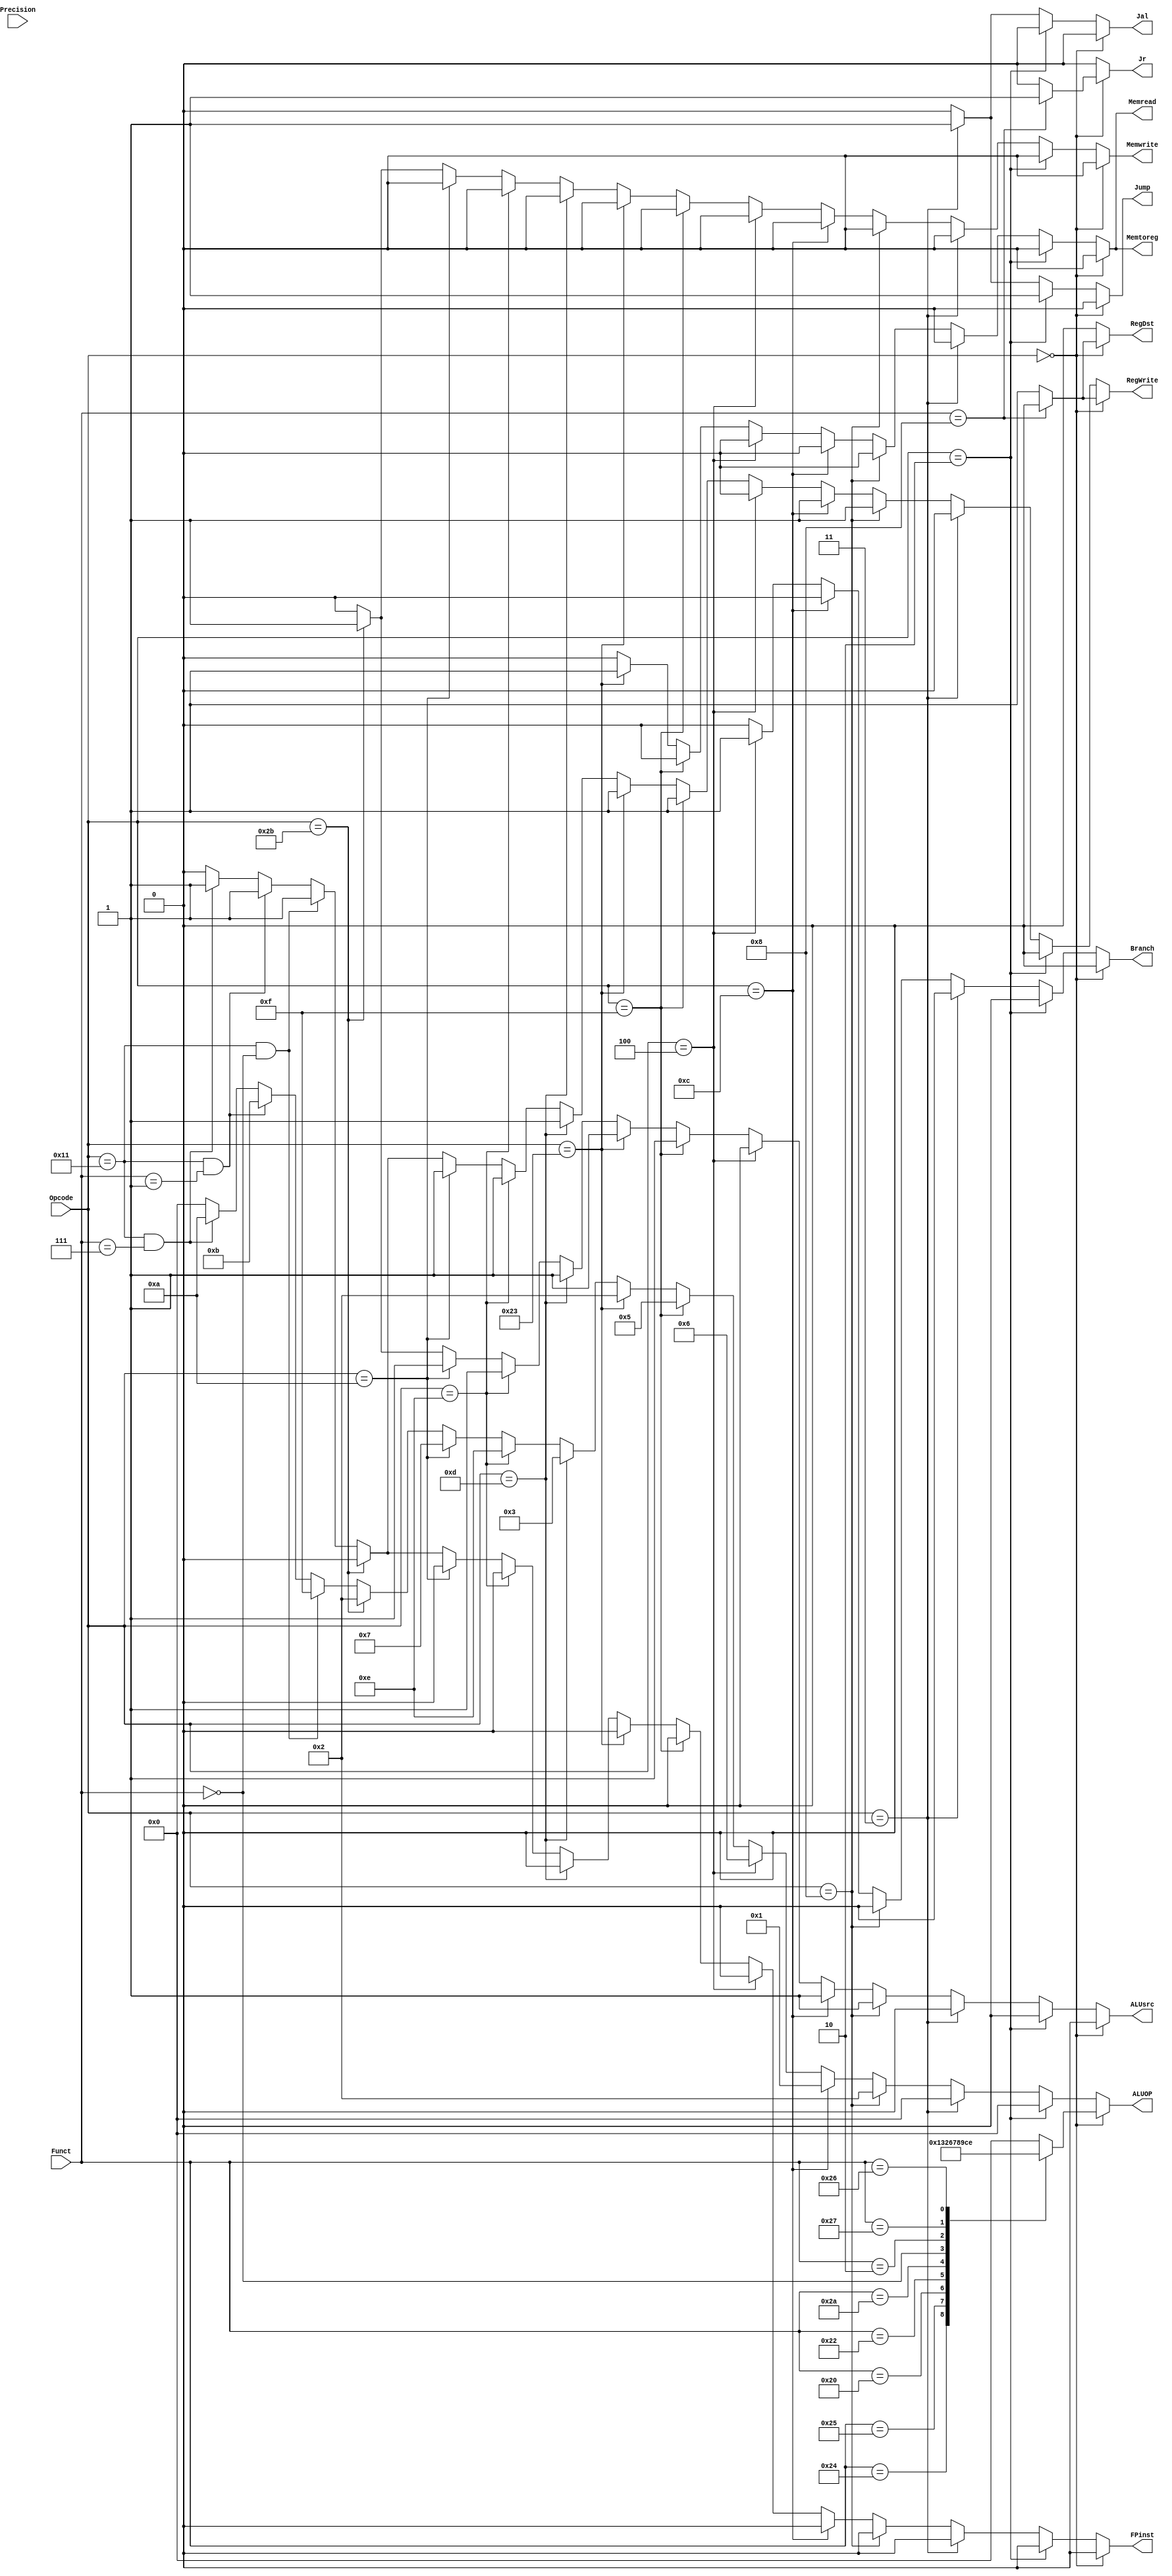
`timescale 1ns / 1ps
//////////////////////////////////////////////////////////////////////////////////
// Company: 
// 
// Design Name: 
// Module Name:     REGISTER FILE
// Project Name: 

// Revision: 
// Revision 0.01 - File Created
// Additional Comments: 
//

//////////////////////////////////// function FIELD FOR RESPECTIVE INSTRUCTIONS/////////////////////////////////////////
`define ADD 	6'b100000
`define AND 	6'b100100
`define JR 	6'b001000
`define NOR 	6'b100111
`define OR 	6'b100101
`define SLL 	6'b000000
`define SRL 	6'b000010
`define SUB 	6'b100010
`define SLT 	6'b101010
`define XOR 	6'b100110
`define NOP 	6'b000000




//////////////////////////////////////CONTROL UNIT/////////////////////////////////////////////////////////////////
module MIPS_CONTROLUNIT(
	input   [5:0] Opcode,		// OPCODE FIELD INPUT
	input   [4:0] Precision,	// Precision FIELD INPUT
	input   [5:0] Funct,		//FUNCTION FIELD INPUT
	output	reg Memread,		// MEMRORY READ CONTROL SIGNAL
	output	reg Memwrite,		//MEMOR WYRITE CONTROL SIGNAL
	output	reg Memtoreg,		//MEMORY TO REG CONTROL SIGNAL
	output	reg RegWrite,		//REGISTER WRITE CONTROL SIGNAL
	output	reg RegDst,		//REGISTER DESTINATION CONTROL SIGNAL
	output	reg ALUsrc,		// ALU SOURCE CONTROL SIGNAL
	output	reg Branch,		//BRANCH CONTROL SIGNAL
	output	reg Jump,		// JUMP CONTROL SIGNAL
	output	reg Jal,		// JUMP AND LINK CONTROL SIGNAL
	output	reg Jr,			// JUMP REGISTER CONTROL SIGNAL
	output  reg FPinst,		//CONTROL  SIGNAL INDICATING FP
	output	reg [3:0] ALUOP		//ALU OPERATION SIGNAL
);
	always @(Opcode, Funct)
	begin
		Memread = 1'b0;
		Memwrite = 1'b0;
		Memtoreg = 1'b0;
		RegWrite = 1'b0;
		RegDst = 1'b0;
		ALUsrc = 1'b0;
		Branch = 1'b0;
		Jump = 1'b0;
		Jal = 1'b0;
		Jr = 1'b0;
		FPinst = 1'b0;
		ALUOP = 4'b0000;
		
		// R-TYPE INSTRUCTIONS
		if(Opcode == 6'b0)
		begin
			//DEFAULT CONTROL SIGNALS FOR R-TYPE INSTRUCTIONS
			Memread = 1'b0;
			Memwrite = 1'b0;
			Memtoreg = 1'b0;
			RegWrite = 1'b1;
			RegDst = 1'b1;
			ALUsrc = 1'b0;
			Branch = 1'b0;
			Jump = 1'b0;
			Jal = 1'b0;
			Jr = 1'b0;
			FPinst = 1'b0;
			//ALU OP FOR FUNCTION FIELD
			case(Funct)
				`AND:	ALUOP = 4'b0001;	// AND OPERATION
				`OR:	ALUOP = 4'b0011;	//OR OPERATION
				`ADD:	ALUOP = 4'b0010;	//ADD OPERATION
				`SUB:	ALUOP = 4'b0110;	//SUB OPERATION
				`SLT:	ALUOP = 4'b0111;	//SLT OPERATION
				`SLL:	ALUOP = 4'b1000;	//SLL OPERATION
				`SRL:	ALUOP = 4'b1001;	//SRL OPERATION
				`NOR:	ALUOP = 4'b1100;	//NOR OPERATION
				`XOR:	ALUOP = 4'b1110;	//XOR OPERATION
				//JUMP REGISTER INSTRUCTION
				`JR:	begin
					Memread = 1'b0;
					Memwrite = 1'b0;
					Memtoreg = 1'b0;
					RegWrite = 1'b0;
					RegDst = 1'b0;
					ALUsrc = 1'b0;
					Branch = 1'b0;
					Jump = 1'b0;
					Jal = 1'b0;
					Jr = 1'b1;
					FPinst = 1'b0;
					ALUOP = 4'b0000;
					end
				//NOP OPERATION -> SETTING ALL CONTROL SIGNALS TO 0
				`NOP: begin
					Memread = 1'b0;
					Memwrite = 1'b0;
					Memtoreg = 1'b0;
					RegWrite = 1'b0;
					RegDst = 1'b0;
					ALUsrc = 1'b0;
					Branch = 1'b0;
					Jump = 1'b0;
					Jal = 1'b0;
					Jr = 1'b0;
					FPinst = 1'b0;
					ALUOP = 4'b0000;
				      end
			endcase
		end
		
		//JUMP INSTRUCTION
		else if(Opcode == 6'b000010)
		begin
			Memread = 1'b0;
			Memwrite = 1'b0;
			Memtoreg = 1'b0;
			RegWrite = 1'b0;
			RegDst = 1'b0;
			ALUsrc = 1'b0;
			Branch = 1'b0;
			Jump = 1'b1;
			Jal = 1'b0;
			Jr = 1'b0;
			FPinst = 1'b0;
			ALUOP = 4'b0000;
		end
		
		// JAL - JUMP AND LINK INSTR
		else if(Opcode == 6'b000011)
		begin
			Memread = 1'b0;
			Memwrite = 1'b0;
			Memtoreg = 1'b0;
			RegWrite = 1'b0;
			RegDst = 1'b0;
			ALUsrc = 1'b0;
			Branch = 1'b0;
			Jump = 1'b1;
			Jal = 1'b1;
			Jr = 1'b0;
			FPinst = 1'b0;
			ALUOP = 4'b0000;
		end
		

		// ADD IMMEDIATE INSTRUCTION
		else if(Opcode == 6'b001000)
		begin
			Memread = 1'b0;
			Memwrite = 1'b0;
			Memtoreg = 1'b0;
			RegWrite = 1'b1;
			RegDst = 1'b0;
			ALUsrc = 1'b1;
			Branch = 1'b0;
			Jump = 1'b0;
			Jal = 1'b0;
			Jr = 1'b0;
			FPinst = 1'b0;
			ALUOP = 4'b0010;
		end

		// AND IMMEDIATE INSTRUCTION
		else if(Opcode == 6'b001100)
		begin
			Memread = 1'b0;
			Memwrite = 1'b0;
			Memtoreg = 1'b0;
			RegWrite = 1'b1;
			RegDst = 1'b0;
			ALUsrc = 1'b1;
			Branch = 1'b0;
			Jump = 1'b0;
			Jal = 1'b0;
			Jr = 1'b0;
			FPinst = 1'b0;
			ALUOP = 4'b0001;
		end

		// BRANCH IF EQUAL INSTRUCTION
		else if(Opcode == 6'b000100)
		begin
			Memread = 1'b0;
			Memwrite = 1'b0;
			Memtoreg = 1'b0;
			RegWrite = 1'b0;
			RegDst = 1'b0;
			ALUsrc = 1'b0;
			Branch = 1'b1;
			Jump = 1'b0;
			Jal = 1'b0;
			Jr = 1'b0;
			FPinst = 1'b0;
			ALUOP = 4'b0110;
		end

		// LOAD UPPER IMMEDIATE INSTRUCTION		
		else if (Opcode == 6'b001111) 
		begin
			Memread = 1'b0;
			Memwrite = 1'b0;
			Memtoreg = 1'b0;
			RegWrite = 1'b1;
			RegDst = 1'b0;
			ALUsrc = 1'b1;
			Branch = 1'b0;
			Jump = 1'b0;
			Jal = 1'b0;
			Jr = 1'b0;
			FPinst = 1'b0;
			ALUOP = 4'b0101;
		end
		
		// LOAD WORD INSTRUCTION
		else if (Opcode == 6'b100011) 
		begin
			Memread = 1'b1;
			Memwrite = 1'b0;
			Memtoreg = 1'b1;
			RegWrite = 1'b1;
			RegDst = 1'b0;
			ALUsrc = 1'b1;
			Branch = 1'b0;
			Jump = 1'b0;
			Jal = 1'b0;
			Jr = 1'b0;
			FPinst = 1'b0;
			ALUOP = 4'b0010;
		end
		
		// OR IMMEDIATE INSTRUCTION
		else if (Opcode == 6'b001101) 
		begin
			Memread = 1'b0;
			Memwrite = 1'b0;
			Memtoreg = 1'b0;
			RegWrite = 1'b1;
			RegDst = 1'b0;
			ALUsrc = 1'b1;
			Branch = 1'b0;
			Jump = 1'b0;
			Jal = 1'b0;
			Jr = 1'b0;
			FPinst = 1'b0;
			ALUOP = 4'b0011;
		end

		// XOR IMMEDIATE INSTRUCTION
		else if (Opcode == 6'b001110) 
		begin
			Memread = 1'b0;
			Memwrite = 1'b0;
			Memtoreg = 1'b0;
			RegWrite = 1'b1;
			RegDst = 1'b0;
			ALUsrc = 1'b1;
			Branch = 1'b0;
			Jump = 1'b0;
			Jal = 1'b0;
			Jr = 1'b0;
			FPinst = 1'b0;
			ALUOP = 4'b1110;
		end
		
		// SET LESS THAN IMMEDIATE INSTRUCTION
		else if (Opcode == 6'b001010) 
		begin
			Memread = 1'b0;
			Memwrite = 1'b0;
			Memtoreg = 1'b0;
			RegWrite = 1'b1;
			RegDst = 1'b0;
			ALUsrc = 1'b1;
			Branch = 1'b0;
			Jump = 1'b0;
			Jal = 1'b0;
			Jr = 1'b0;
			FPinst = 1'b0;
			ALUOP = 4'b0111;
		end
		
		// STORE WORD INSTRUCTION
		else if (Opcode == 6'b101011) 
		begin
			Memread = 1'b0;
			Memwrite = 1'b1;
			Memtoreg = 1'b0;
			RegWrite = 1'b0;
			RegDst = 1'b0;
			ALUsrc = 1'b1;
			Branch = 1'b0;
			Jump = 1'b0;
			Jal = 1'b0;
			Jr = 1'b0;
			FPinst = 1'b0;
			ALUOP = 4'b0010;
		end

		// FLOAT ADD
		else if ((Opcode == 6'b010001) && (Funct ==6'b0)) 
		begin
			Memread = 1'b0;
			Memwrite = 1'b0;
			Memtoreg = 1'b0;
			RegWrite = 1'b1;
			RegDst = 1'b0;
			ALUsrc = 1'b0;
			Branch = 1'b0;
			Jump = 1'b0;
			Jal = 1'b0;
			Jr = 1'b0;
			FPinst = 1'b1;
			ALUOP = 4'b1111;
		end

		// FLOAT SUB
		else if ((Opcode == 6'b010001) && (Funct ==6'b1)) 
		begin
			Memread = 1'b0;
			Memwrite = 1'b0;
			Memtoreg = 1'b0;
			RegWrite = 1'b1;
			RegDst = 1'b0;
			ALUsrc = 1'b0;
			Branch = 1'b0;
			Jump = 1'b0;
			Jal = 1'b0;
			Jr = 1'b0;
			FPinst = 1'b1;
			ALUOP = 4'b1011;
		end

		//NEgate Float
		else if ((Opcode == 6'b010001) && (Funct ==6'h7)) 
		begin
			Memread = 1'b0;
			Memwrite = 1'b0;
			Memtoreg = 1'b0;
			RegWrite = 1'b1;
			RegDst = 1'b0;
			ALUsrc = 1'b0;
			Branch = 1'b0;
			Jump = 1'b0;
			Jal = 1'b0;
			Jr = 1'b0;
			FPinst = 1'b1;
			ALUOP = 4'b1010;
		end


	end
	
endmodule